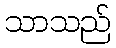
သာသည်